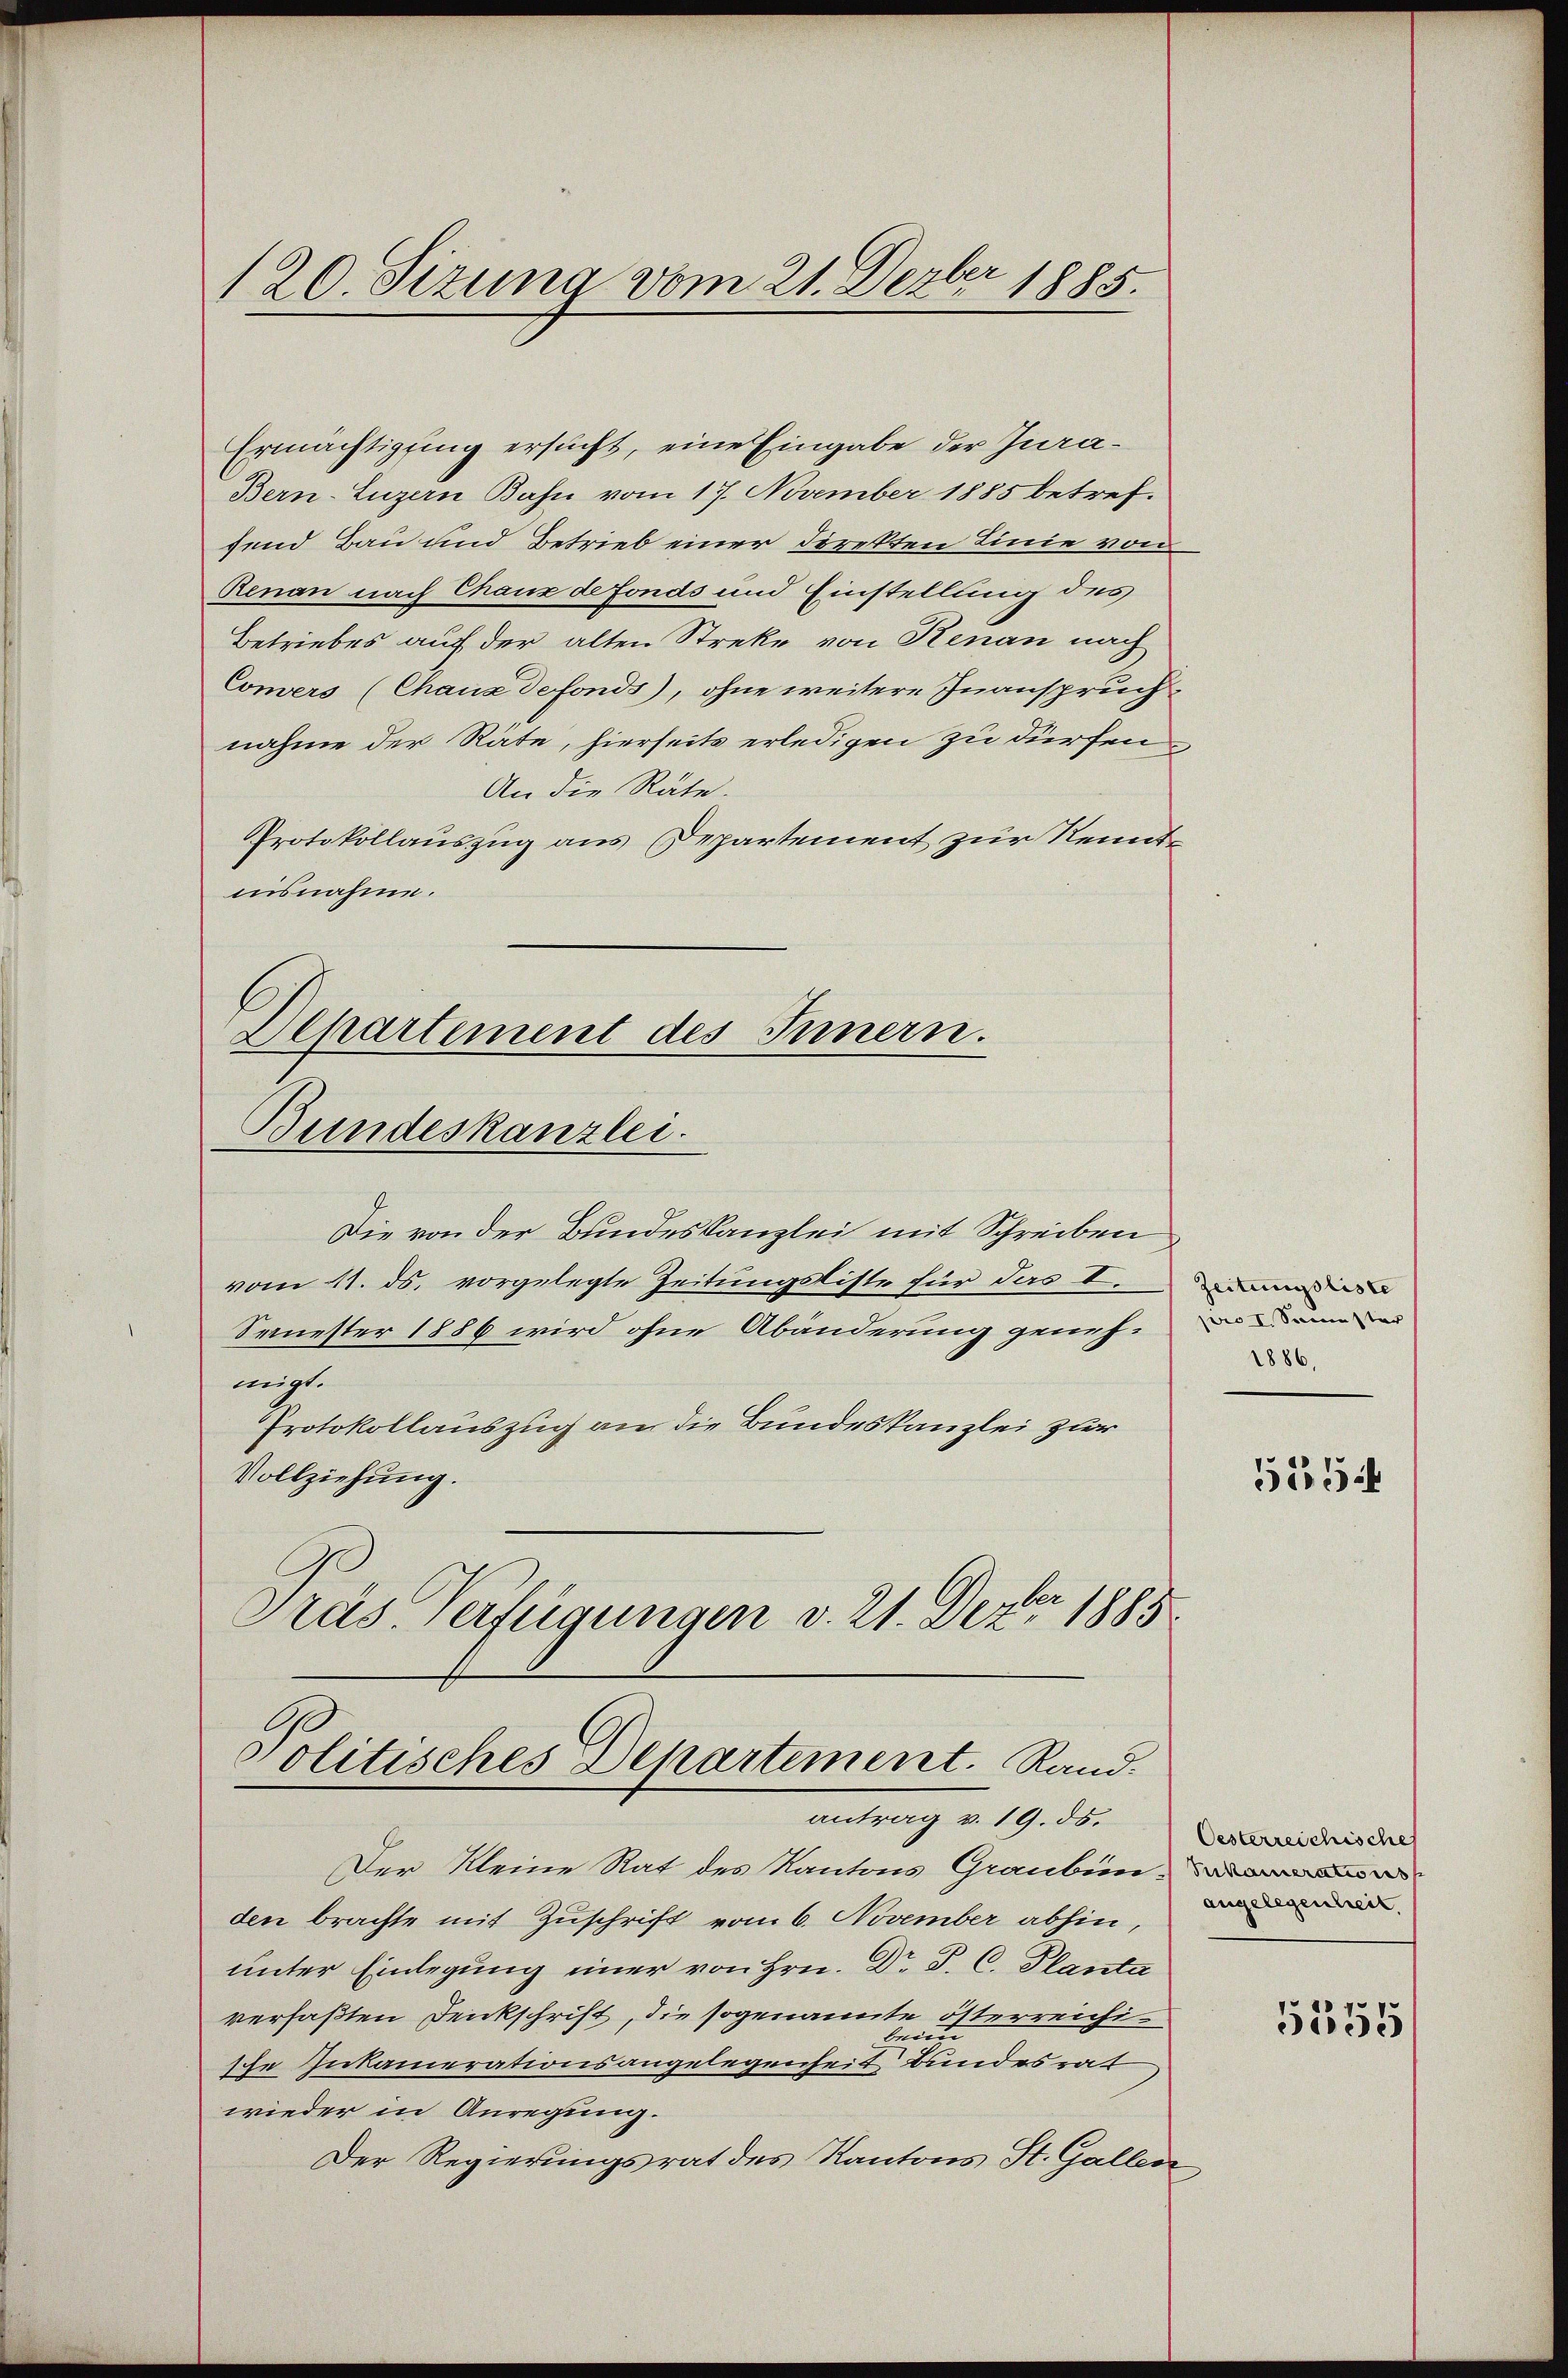
120. Sizung vom 21. Dezbr 1885.

Ermächtigung ersucht, eine Eingabe der Jura¬
Bern-Luzern Bahn vom 17. November 1885 betreffend Bau und Betrieb einer Direkten Linie von
Renau nach Chaux de Fonds und Einstellung des
Betriebes auf der alten Streke von Renau nach
Convers (Chaus defonds), ohne weitere Inanspruchnahme der Räte, hierseits erledigen zu dürfen,
An die Räte.
Protokollauszug aus Departement zur Kenntnisnahme.
Die von der Bundeskanzlei mit Schreiben
vom 11. ds. vorgelegte Zeitungsliste für das I.
Sauester 1886 wird ohne Abänderung genehmigt.
Protokollauszug an die Bundeskanzlei zur
Vollziehung.
Präs. Verfügungen v. 21. Dezbr 1885
Politisches Departement.  Rand.
antrag v. 19. ds.
Der Kleine Rat des Kantons Graubünden brachte mit Zuschrift vom 6. November abhin,
unter Einlegung einer von Hrn. Dr. P. C. Planta
verfaßten Denkschrift, die sogenannte österreichiben
sche Inkamerationsangelegenheit Bundesrat
wieder in Anregung.
Der Regierungsrat des Kantons St. Gallen

Departement des Innern.
Bundeskanzlei.

Zeitungsliste
pro I. Semester
1886,

555

Oesterreichische
Sukamerations
angelegenheit.

5535